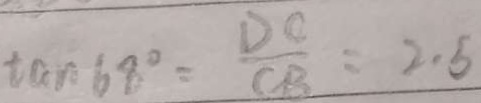
\tan 6 8 ^ { \circ } = \frac { D C } { C B } = 2 . 5